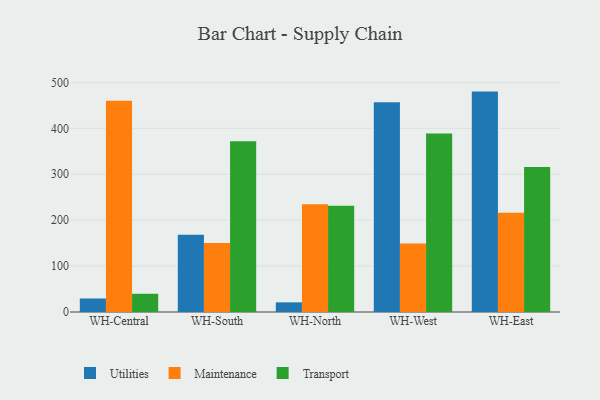
{"axis": {"x": "Warehouse", "y": "Backlog"}, "legend": ["Maintenance", "Transport", "Utilities"], "data": [{"x": "WH-Central", "y": 29.4, "type": "Utilities"}, {"x": "WH-Central", "y": 459.9, "type": "Maintenance"}, {"x": "WH-Central", "y": 39.7, "type": "Transport"}, {"x": "WH-South", "y": 168.1, "type": "Utilities"}, {"x": "WH-South", "y": 150.0, "type": "Maintenance"}, {"x": "WH-South", "y": 371.9, "type": "Transport"}, {"x": "WH-North", "y": 21.0, "type": "Utilities"}, {"x": "WH-North", "y": 234.6, "type": "Maintenance"}, {"x": "WH-North", "y": 231.2, "type": "Transport"}, {"x": "WH-West", "y": 456.5, "type": "Utilities"}, {"x": "WH-West", "y": 149.4, "type": "Maintenance"}, {"x": "WH-West", "y": 388.8, "type": "Transport"}, {"x": "WH-East", "y": 479.9, "type": "Utilities"}, {"x": "WH-East", "y": 215.9, "type": "Maintenance"}, {"x": "WH-East", "y": 315.6, "type": "Transport"}]}